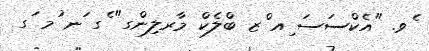
ެވ. "އެކްސަސަ ިއ ްޒ ބްލެކް މާރލިންގ" ެގ ަނ ުމ ަގ